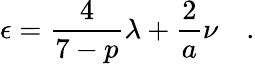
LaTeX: \epsilon=\frac{4}{7-p}{\lambda}+\frac{2}{a}\nu\quad.